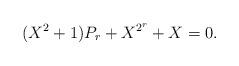
LaTeX: \begin{align*} (X^2 + 1)P_r + X^{2^r} + X = 0.\end{align*}